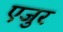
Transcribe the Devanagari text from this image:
एजुर